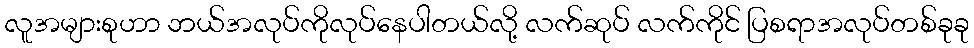
လူအများစုဟာ ဘယ်အလုပ်ကိုလုပ်နေပါတယ်လို့ လက်ဆုပ် လက်ကိုင် ပြစရာအလုပ်တစ်ခုခု